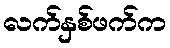
လက်နှစ်ဖက်က